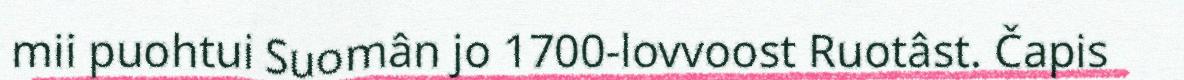
mii puohtui Suomân jo 1700-lovvoost Ruotâst. Čapis